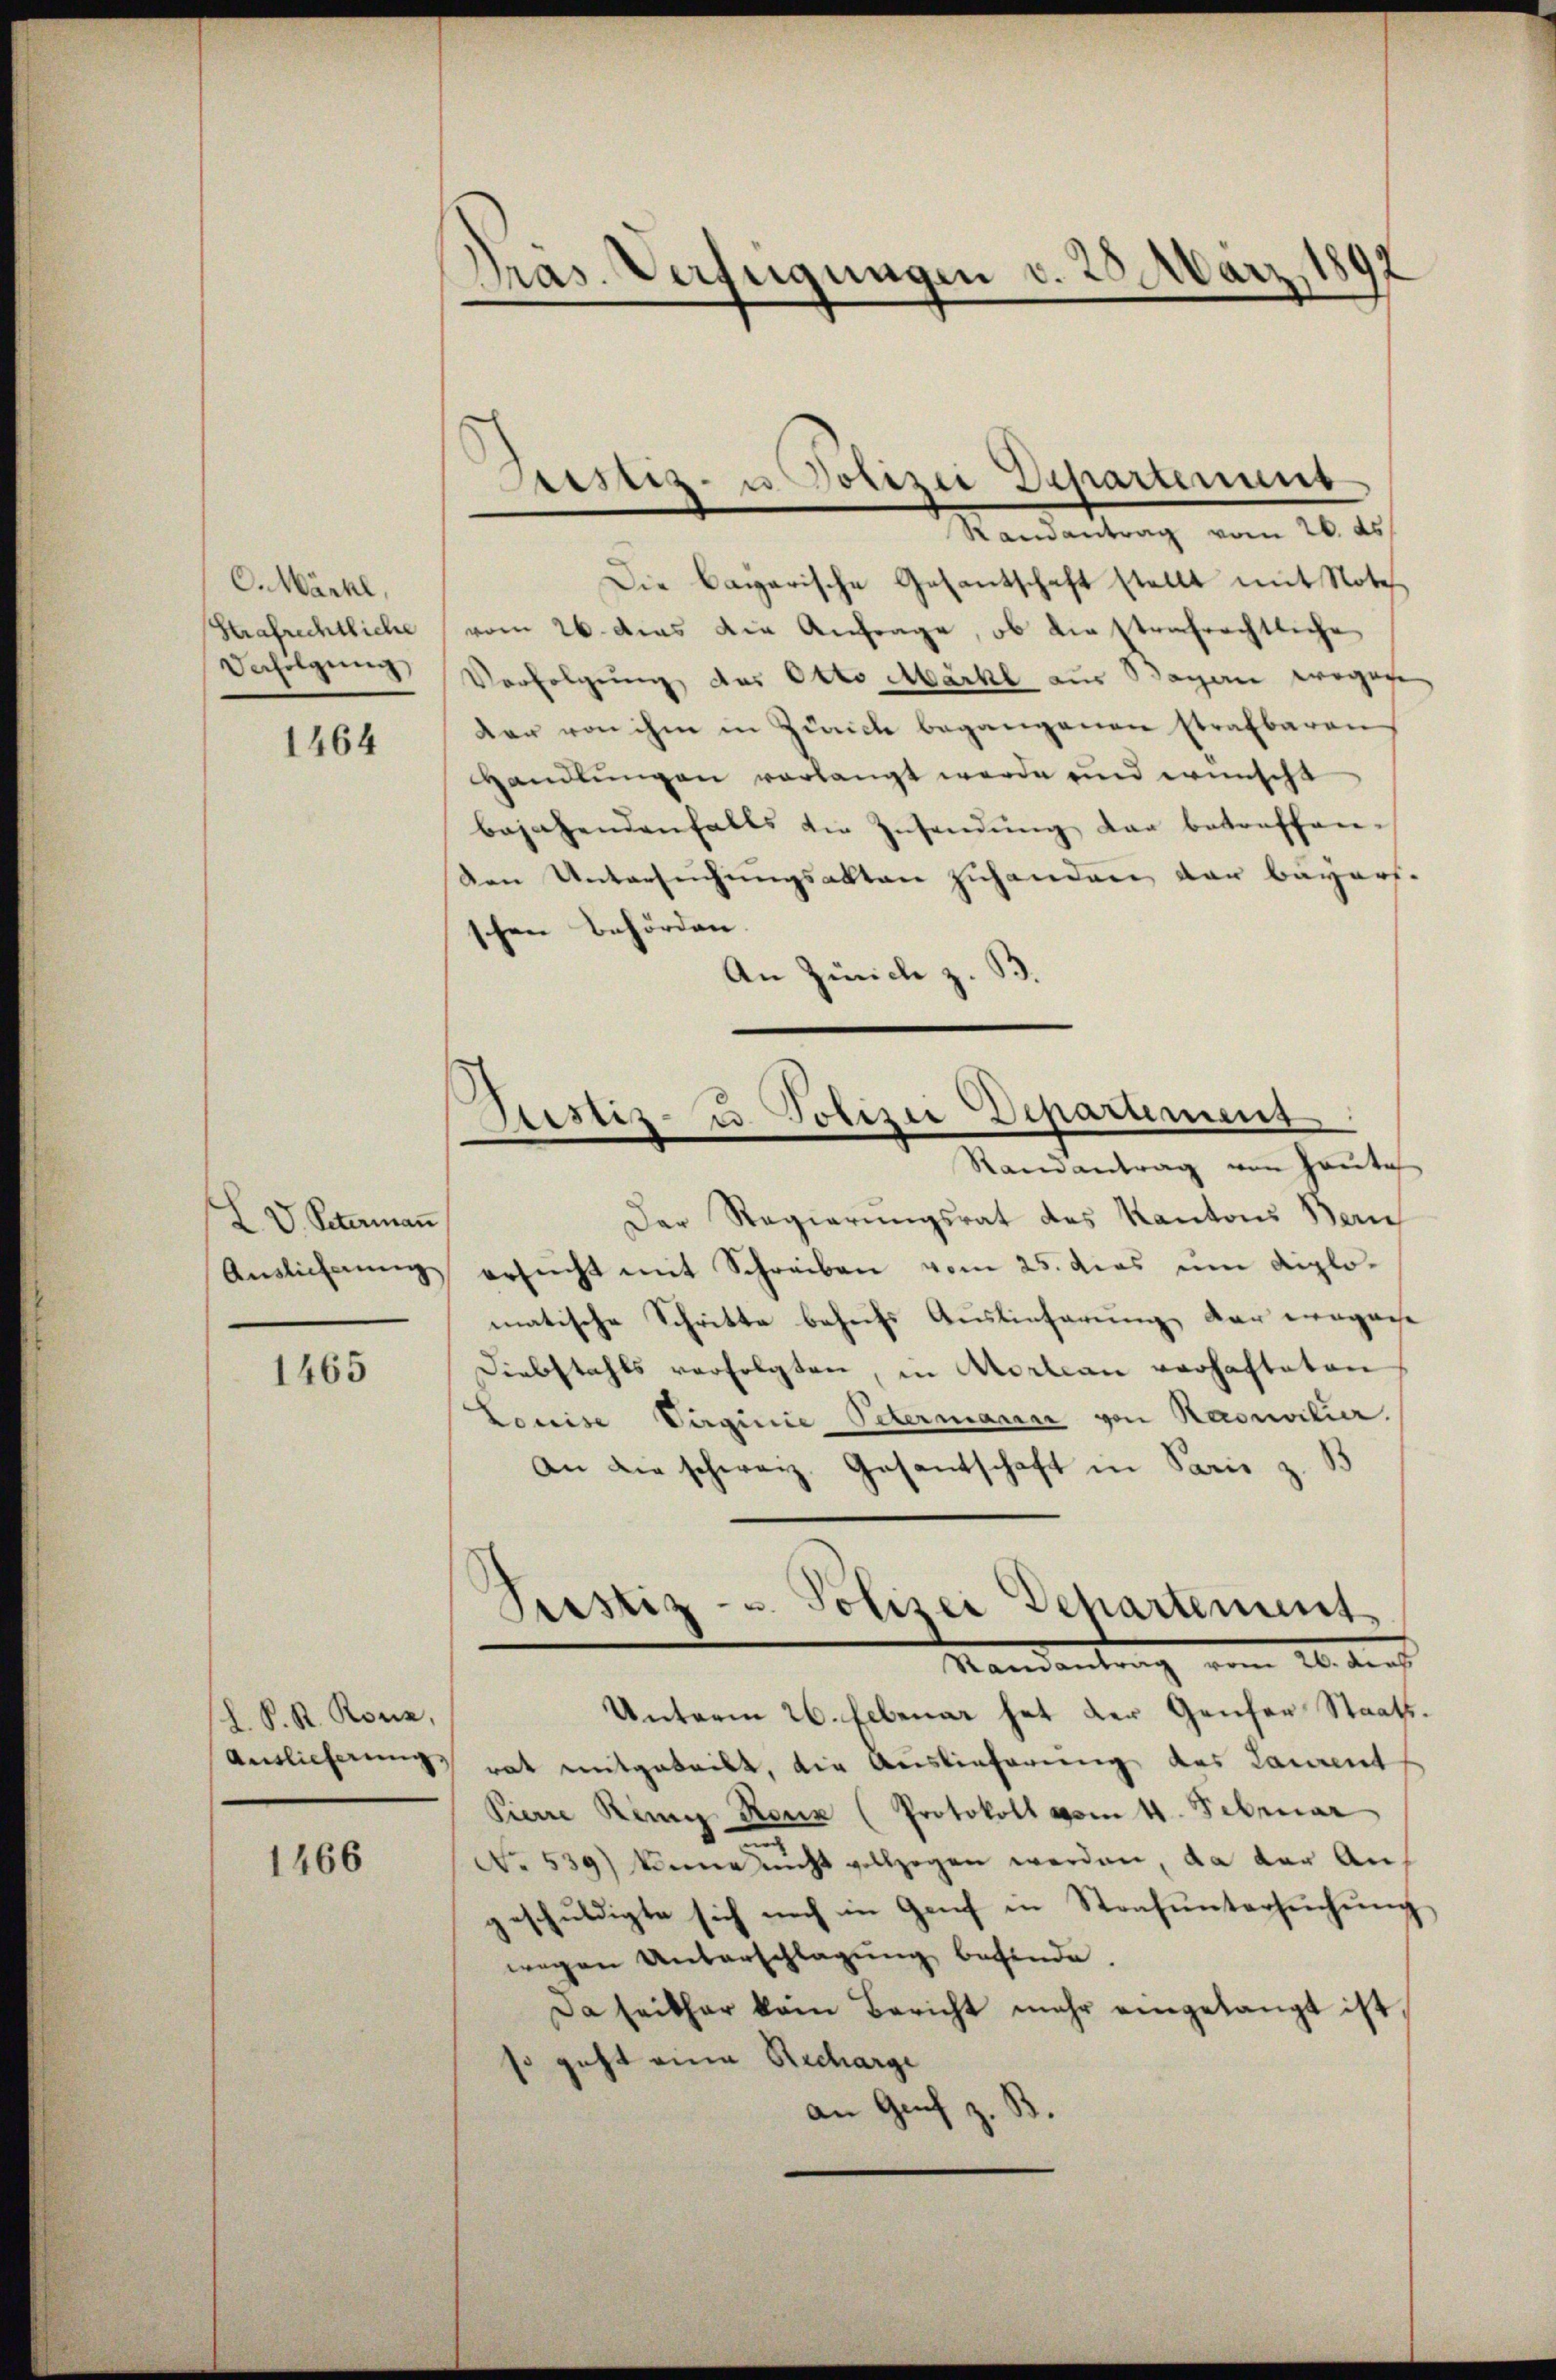
O. Märkl,
Strafrechtliche
Befolgung

1464

L. V. Peterman
Auslieferung

1465

h. S. R. Konz,
Antlicherung,

1466

.
Pras. Verfügungen v. 20 Mar

Astiz- u. Polizei Departement

Justiz- u. Polizei Departement
Randantrag von Haute

Randantrag vom 20. ds.
Die Bagarische Gesantschaft stellt mit Note,
vom 26. das die Anfrage, ob die strafrechtliche
Verfolgung des Otto Markl aus Bayerne wegen
dar von ihm in Zürich begangenen strafbaren
Handlungen vorlangt werde und wünscht
bejahendenfalls die Zusendung dar betreffen-
den Untersuchungsakten zuhandern von Bayers.
schen Behörden
An Zürich z.
Der Regierungsrat des Kantons Bern
ersucht mit Schreiben vom 25. dies um diplomatische Schritte behufs Auslieferung der engasse
Diebstahls verfolgten, in Vorlean verhafteten
Louise Virginie Petermann von Raonsilier.
an die schweiz. Gesantschaft in Paris z. B
Pustiz- u. Polizei Departement
Mandantung vom 20. dens
Unterm 26. Ebenar hat der Genfer Staatsrat mitgeteilt, die Auslieferung des Laurent
Pierre Ring Reuz (Protokoll vom 4. Februar
No. 539) könne nicht vollzogen werden, da der Angeschuldigte sich noch in Genf in Strafuntersuchung
wegen Unterschlagung befinde.
Da seither kein Bericht mehr eingelangt ist
geht eine Recharge
an Genf z.
.